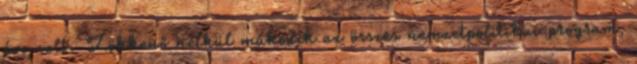
éve volt. Zökkenő nélkül működik az összes nemzetpolitikai program,